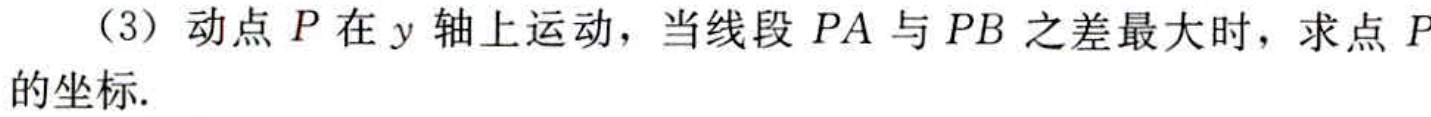
（3）动点 \(P\) 在 \(y\) 轴上运动，当线段 \(PA\) 与 \(PB\) 之差最大时，求点 \(P\) 的坐标.